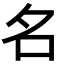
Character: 名